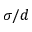
\sigma / d